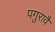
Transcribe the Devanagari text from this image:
पगुरावै